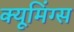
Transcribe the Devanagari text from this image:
क्यूमिंग्स